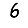
Digit: 6